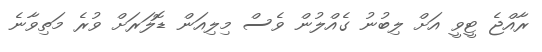
ރާއްޖެ ޓީވީ އަށް ލިބުނު ގެއްލުން ވެސް މިލިއަން ޑޮލަރަށް ވުރެ މަތިވާނެ